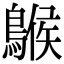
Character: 䳧